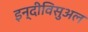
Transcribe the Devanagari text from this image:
इन्दीविसुअल